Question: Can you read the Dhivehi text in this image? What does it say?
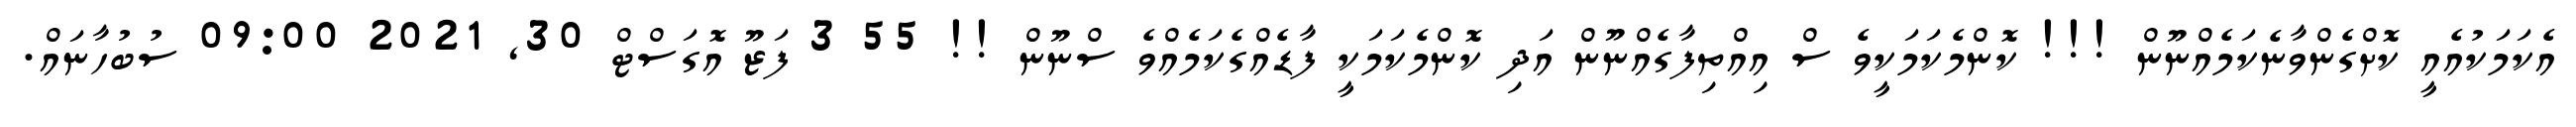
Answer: އެކަމަކުއެއީ ކޮށްގެންވާނެކަމެއްނޫން !!! ކޮންމެކަމަކީވެ ސް އިއްތިފާގެއްނޫން އަދި ކޮންމެކަމަކީ ފާޑެއްގެކަމެއްވެ ސްނޫން !! 55 3 ފަޒޫ އޮގަސްޓް 30, 2021 09:00 ސުބުހާނައް.